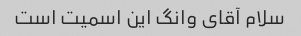
سلام آقای وانگ این اسمیت است